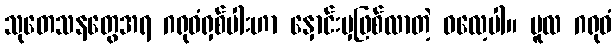
သုတေသနတွေအရ ဂရုဓံရှစ်ပါးဟာ နှောင်းမှဖြစ်လာတဲ့ ဓလေ့ပါ။ မူလ ဂရုဓံ